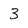
Character: 3